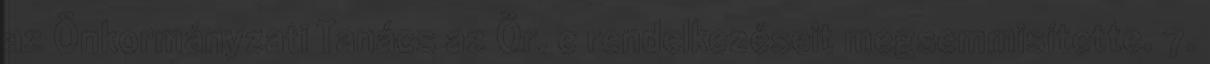
az Önkormányzati Tanács az Ör. e rendelkezéseit megsemmisítette. 7.